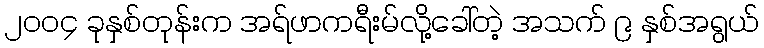
၂၀၀၄ ခုနှစ်တုန်းက အရ်ဖာကရီးမ်လို့ခေါ်တဲ့ အသက် ၉ နှစ်အရွယ်